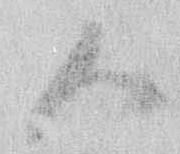
御